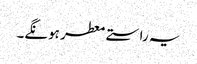
یہ راستے معطر ہونگے۔